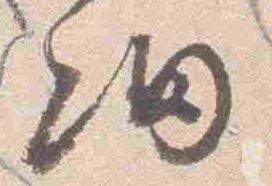
細